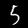
Label: 5